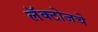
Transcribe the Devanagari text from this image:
लॅक्टोजचे